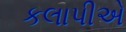
કલાપીએ